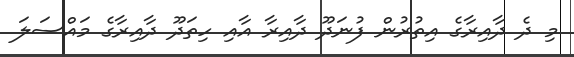
މި ދެ ދާއިރާގެ އިތުރުން ފުނަދޫ ދާއިރާ އާއި ހިތަދޫ ދާއިރާގެ މައްސަލަ